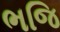
ભજિ